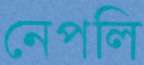
নেপলি